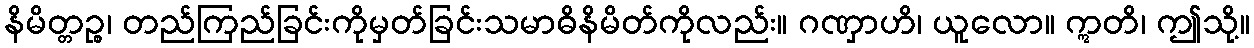
နိမိတ္တဉ္စ၊ တည်ကြည်ခြင်းကိုမှတ်ခြင်းသမာဓိနိမိတ်ကိုလည်း။ ဂဏှာဟိ၊ ယူလော။ ဣတိ၊ ဤသို့။